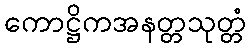
ကောဋ္ဌိကအနတ္တသုတ္တံ